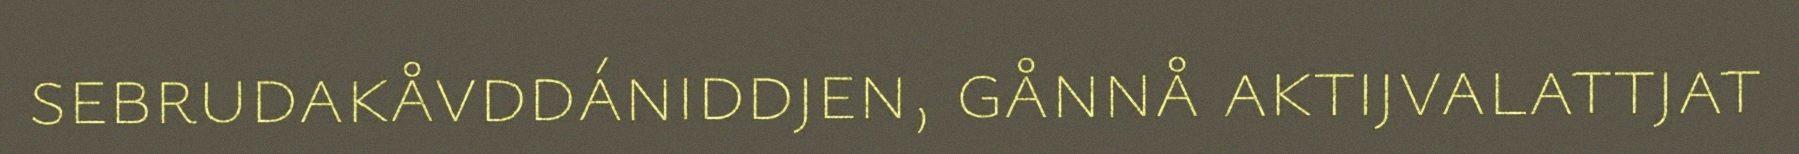
sebrudakåvddániddjen, gånnå aktijvalattjat